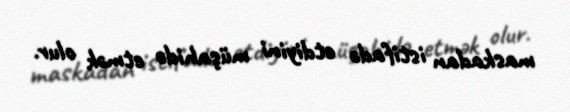
maskadan istifadə etdiyini müşahidə etmək olur.